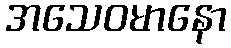
အသေဝမာနော